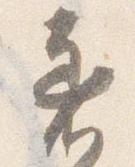
着